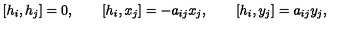
\left[ h _ { i } , h _ { j } \right] = 0 , \qquad \left[ h _ { i } , x _ { j } \right] = - a _ { i j } x _ { j } , \qquad \left[ h _ { i } , y _ { j } \right] = a _ { i j } y _ { j } ,